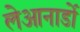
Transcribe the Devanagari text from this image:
लेआनार्डो